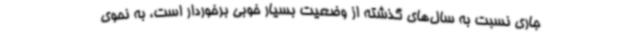
جاری نسبت به سال‌های گذشته از وضعیت بسیار خوبی برخوردار است، به نحوی